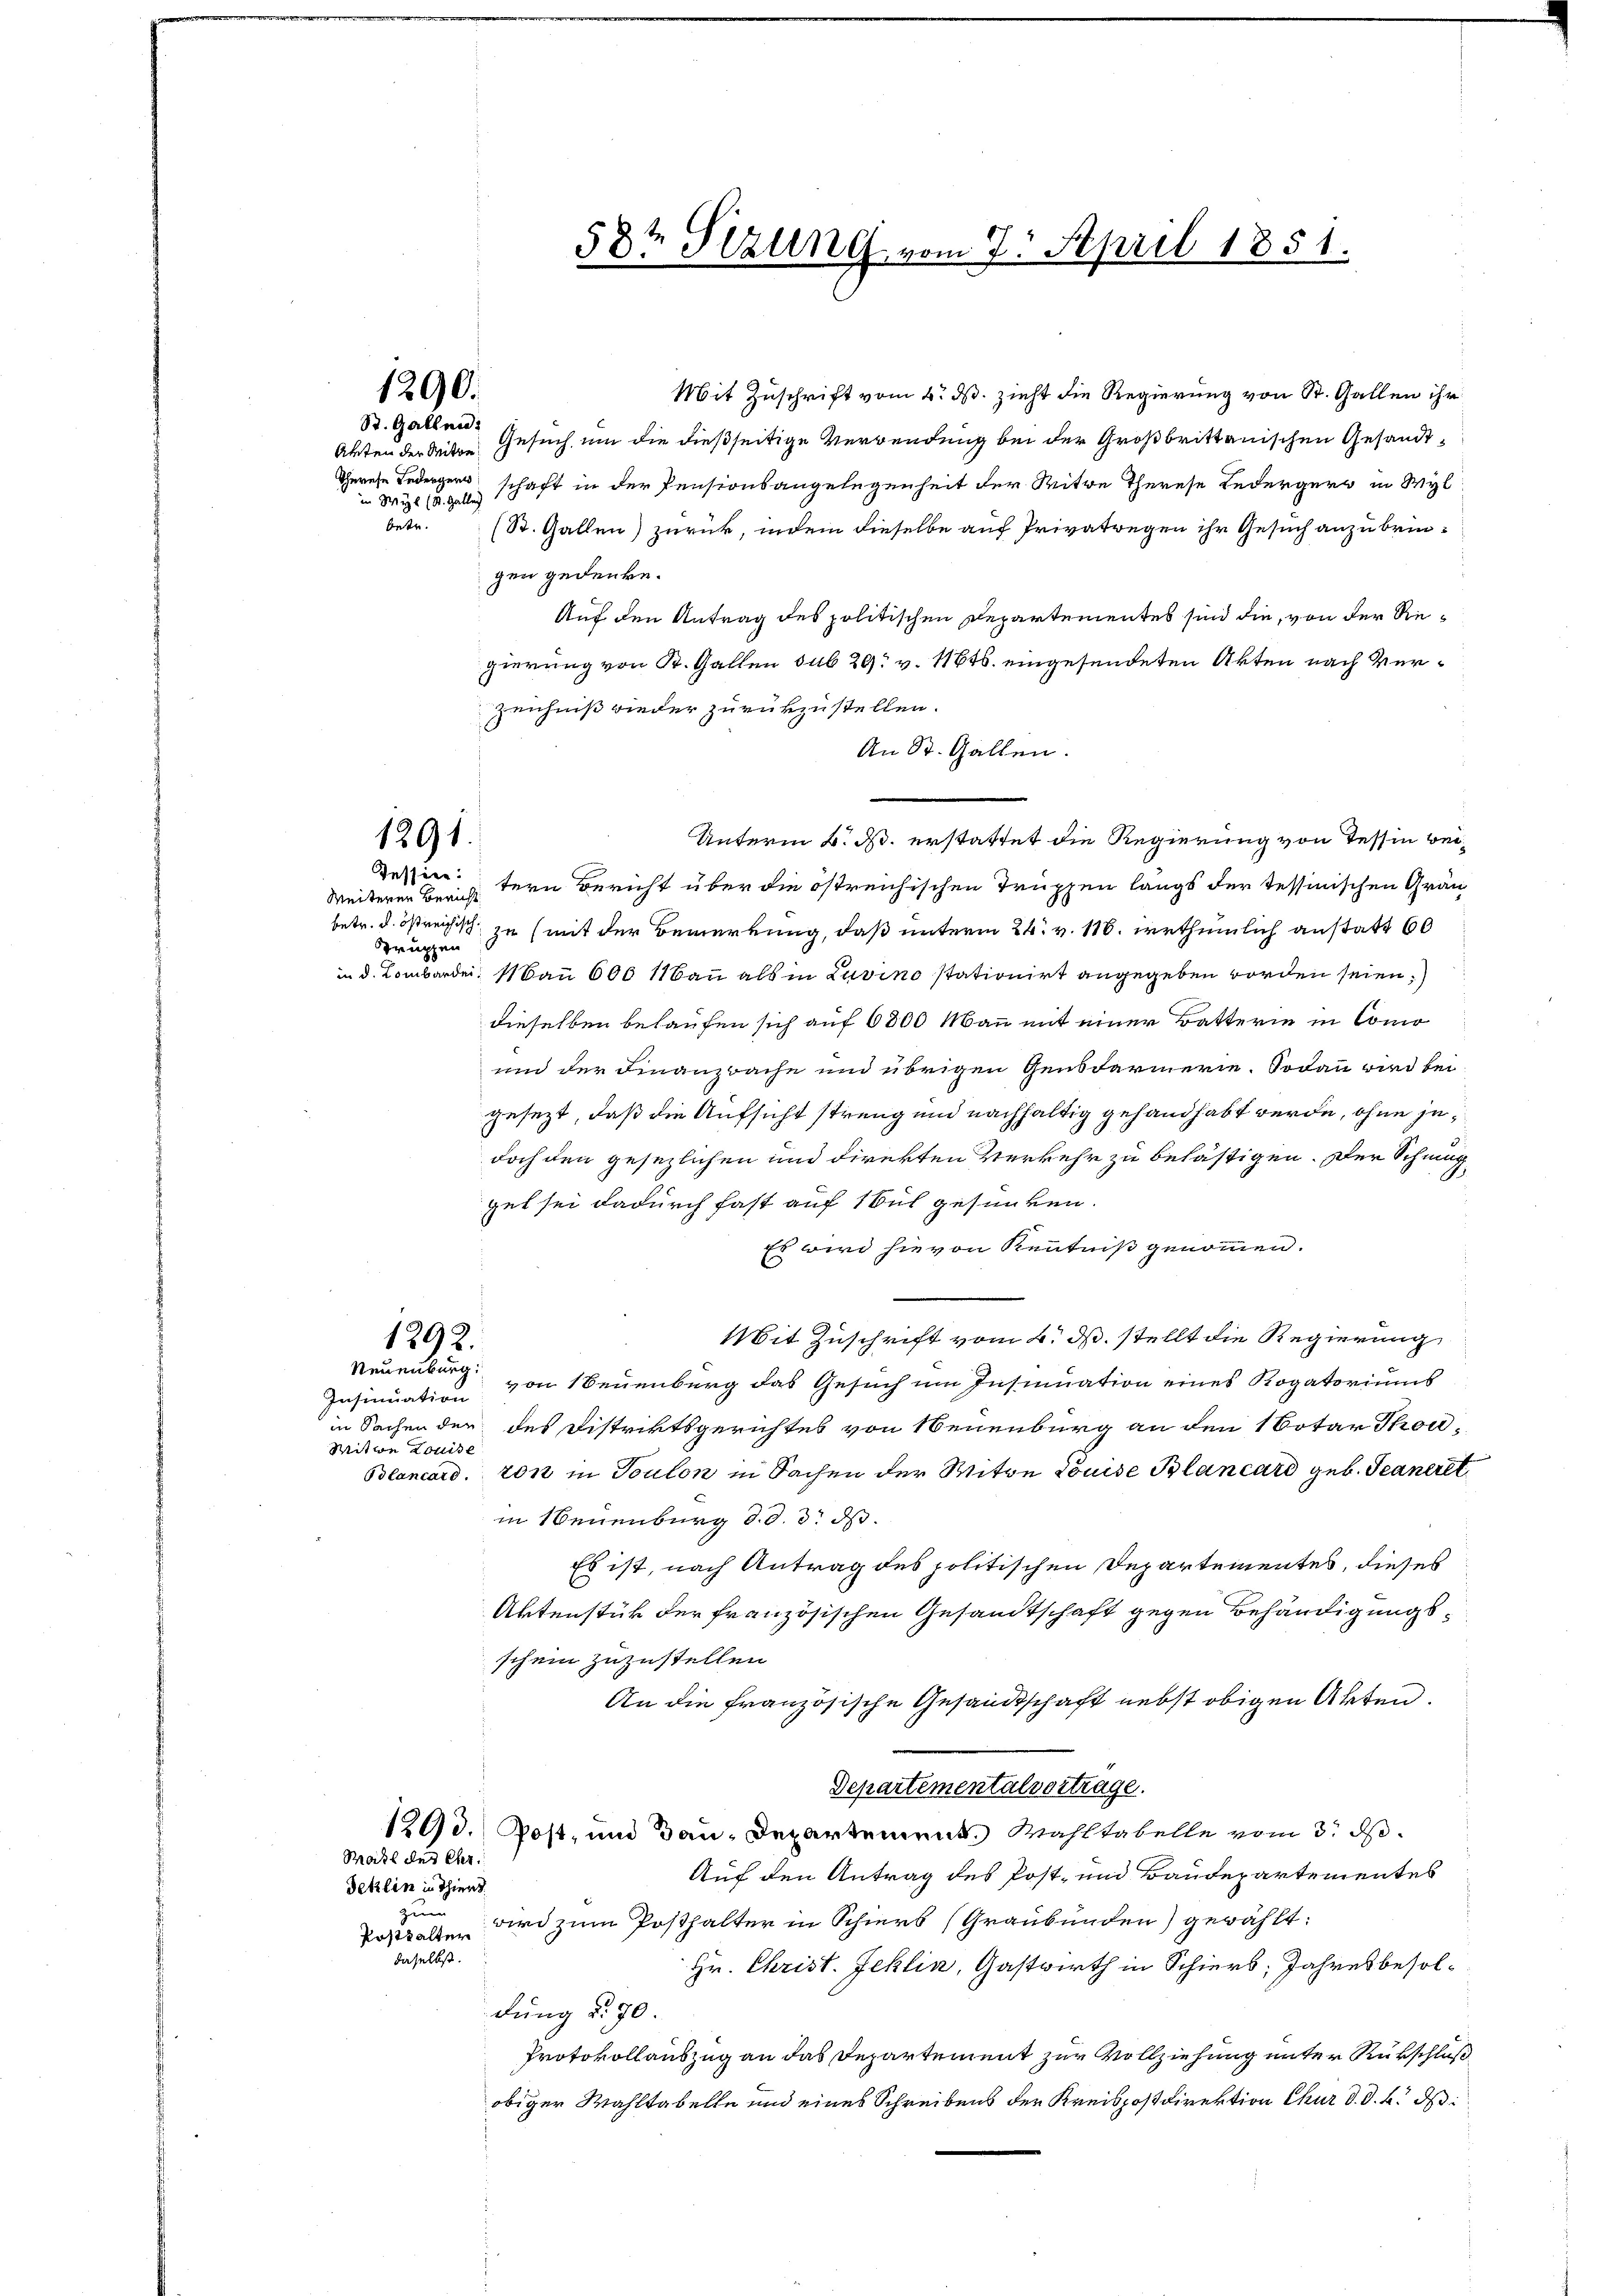
Truppen

1290.
St. Gallen:

in Wyl (K. Galle
betr.

Mit Zuschrift vom 4. ds. zieht die Regierung von St. Gallen ihr
Akten der Mitte Gesuch, um die dießseitige Verwendung bei der Großbrittanischen Gesandt¬
Therese Federgers schaft in der Pensionsangelegenheit der Witwe Therese Ledergers in Wyl
(St. Gallen) zurück, indem dieselbe auf Privatregen ihr Gesuch anzubringen gedenke.
Auf den Antrag des politischen Departementes sind die, von der Regierung von St. Gallen sub 29. v. 116ts. eingesundeten Akten nach Ver¬
Zeichniß wieder zurükzustellen.
An St. Gallen.
e
Unterm K. B. erstattet die Regierung von Tessin bei¬
Weiterer Berichtern Bericht über die östreichischen Truppen langs der Tessinischen Grän
betr. d. östreichisch zu (mit der Bemerkung, daß unterm 24. v. 118. erthümlich anstatt 60
in d. Lombarden. Mann 600 11Bau als in Luvino stationirt angegeben worden seien,
dieselben belaufen sich auf 6800 Mann mit einer Batterin in Como
und der Finanzbache und übrigen Gensdarmerie. Sodann wird beigesezt, daß die Aufsicht streng und nachhaltig gehandhabt werde, ohne jedoch den gesezlichen und direkten Verkehr zu belästigen. Der Schmugget sei dadurch fast auf 1 Bul gesunken.
Es wird hievon Kenntniß genommen.
Mit Zuschrift vom 4. ds. stellt die Regierung
1292.
Neuenburg.
Insinuation von Neuenburg das Gesuch um Insinuation eines Rogatoriums
in Sachen der des Distriktsgerichtes von Neuenburg an den 1 Dotar Thon¬
Witwe Louise
Blancord. von in Toulon in Sachen der Mitwe Louise Blancard geb. Teaneret
in Neuenburg d. d. 3. ds.
Es ist, nach Antrag des politischen Departementes, dieses
Aktenstück der französischen Gesandtschaft gegen Behändigungsschein zuzustellen.
An die Französische Gesandtschaft nebst obigen Akten.
Departementalvertrage.
1203. Post- und Bau-Departement. Wahltabelle vom 3. d.
Kahl des Eher
Auf den Antrag des Post- und Baudepartementes
Seklin in Thiert.
zun
wird zum Posthalter in Schiers (Graubünden) gewählt:
Posthalten
daselbst.
Hr. Christ. Jehlin, Gastwirth in Schiers; Jahresbesoldung §. 70.
Protokollauszug an das Departement zur Vollziehung unter Rückschluß
obiger Wahltabelle und eines Schreibens der Kreispostdirektion Chur d. d. h. d

1291.
Tessier:

58te Sitzung vom 7. April 1851.